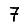
Digit: 7